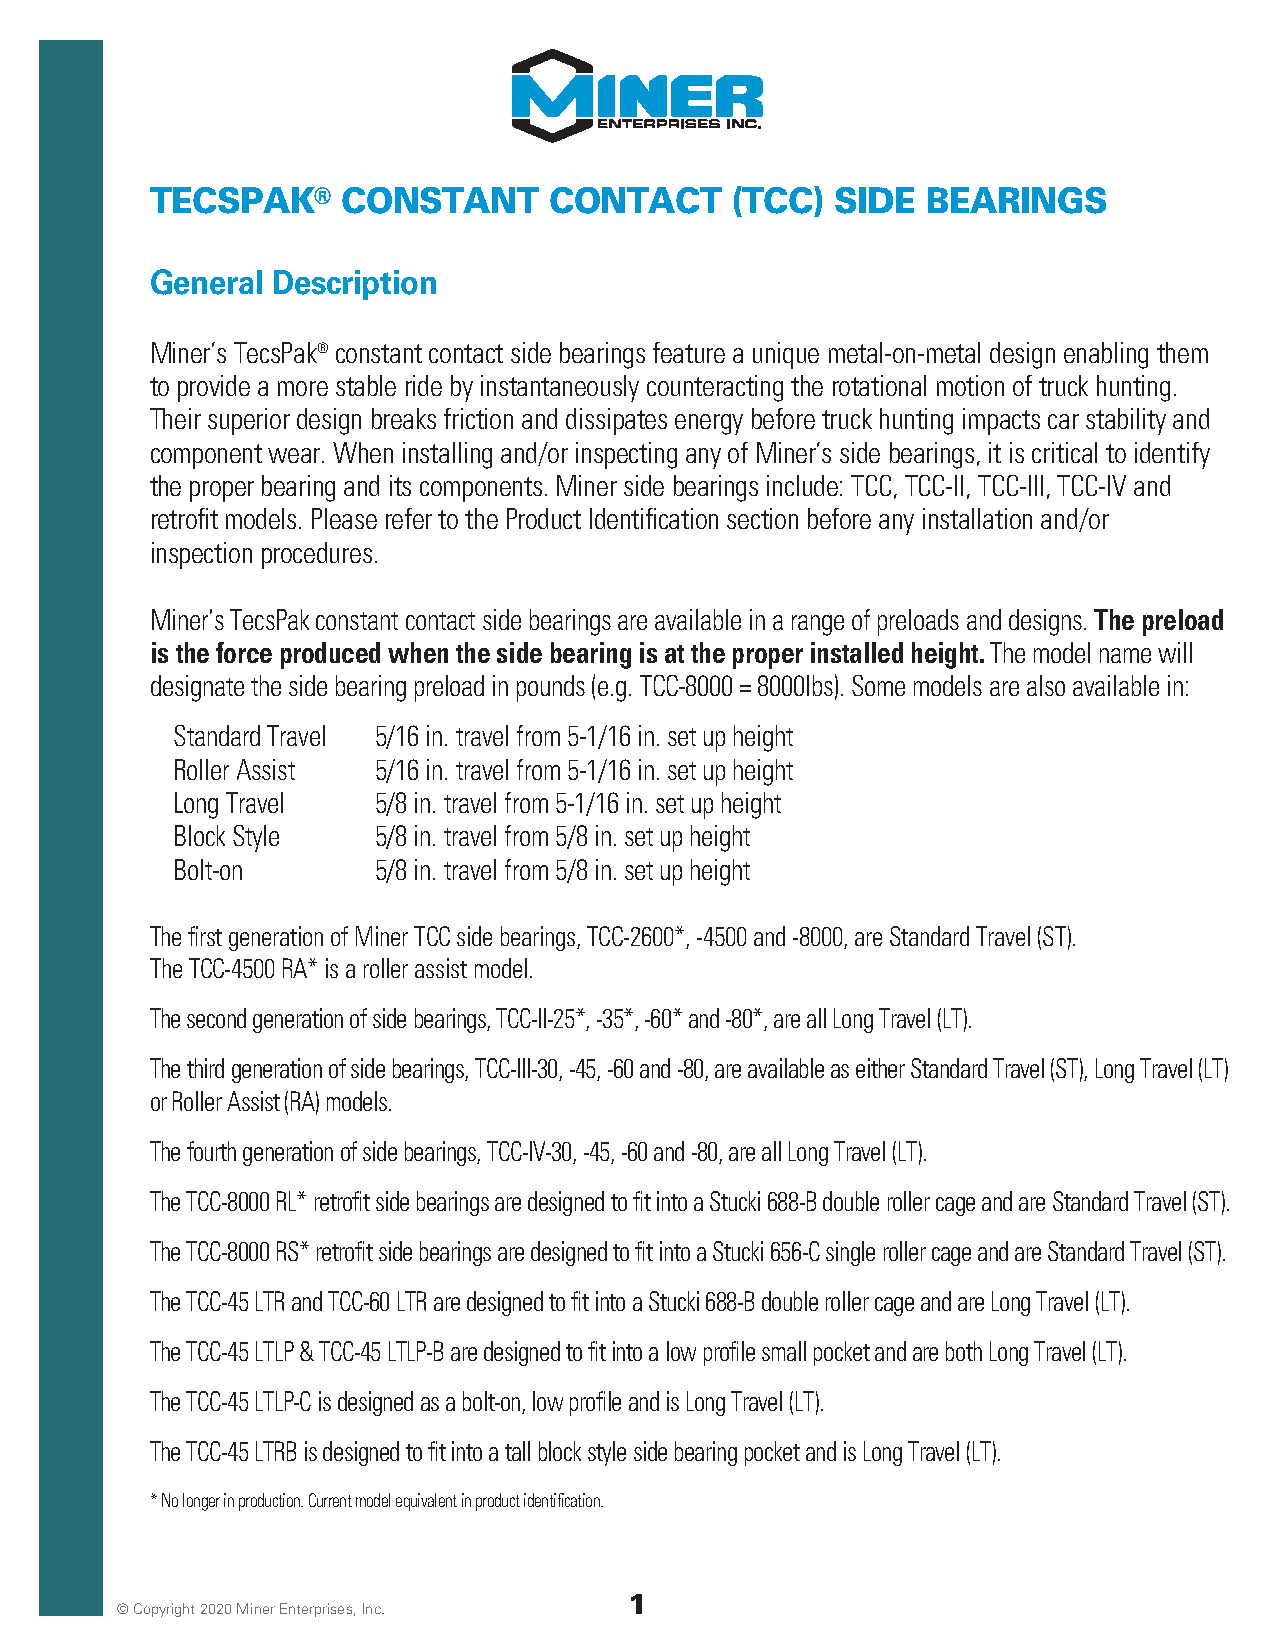
TECSPAK®     CONSTANT     CONTACT      (TCC) SIDE  BEARINGS
 General Description
 Miner’s TecsPak® constant contact side bearings feature a unique metal-on-metal design enabling them
 to provide a more stable ride by instantaneously counteracting the rotational motion of truck hunting.
 Their superior design breaks friction and dissipates energy before truck hunting impacts car stability and
 component wear. When installing and/or inspecting any of Miner’s side bearings, it is critical to identify
 the proper bearing and its components. Miner side bearings include: TCC, TCC-II, TCC-III, TCC-IV and
 retrofit models. Please refer to the Product Identification section before any installation and/or
 inspection procedures.
 Miner’s TecsPak constant contact side bearings are available in a range of preloads and designs. The preload
 is the force produced when the side bearing is at the proper installed height. The model name will
 designate the side bearing preload in pounds (e.g. TCC-8000 = 8000lbs). Some models are also available in:
 Standard Travel 5/16 in. travel from 5-1/16 in. set up height
 Roller Assist 5/16 in. travel from 5-1/16 in. set up height
 Long Travel   5/8 in. travel from 5-1/16 in. set up height
 Block Style   5/8 in. travel from 5/8 in. set up height
 Bolt-on       5/8 in. travel from 5/8 in. set up height
 The first generation of Miner TCC side bearings, TCC-2600*, -4500 and -8000, are Standard Travel (ST).
 The TCC-4500 RA* is a roller assist model.
 The second generation of side bearings, TCC-II-25*, -35*, -60* and -80*, are all Long Travel (LT).
 The third generation of side bearings, TCC-III-30, -45, -60 and -80, are available as either Standard Travel (ST), Long Travel (LT)
 or Roller Assist (RA) models.
 The fourth generation of side bearings, TCC-IV-30, -45, -60 and -80, are all Long Travel (LT).
 The TCC-8000 RL* retrofit side bearings are designed to fit into a Stucki 688-B double roller cage and are Standard Travel (ST).
 The TCC-8000 RS* retrofit side bearings are designed to fit into a Stucki 656-C single roller cage and are Standard Travel (ST).
 The TCC-45 LTR and TCC-60 LTR are designed to fit into a Stucki 688-B double roller cage and are Long Travel (LT).
 The TCC-45 LTLP & TCC-45 LTLP-B are designed to fit into a low profile small pocket and are both Long Travel (LT).
 The TCC-45 LTLP-C is designed as a bolt-on, low profile and is Long Travel (LT).
 The TCC-45 LTRB is designed to fit into a tall block style side bearing pocket and is Long Travel (LT).
 * No longer in production. Current model equivalent in product identification.
 1
 © Copyright 2020 Miner Enterprises, Inc.